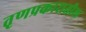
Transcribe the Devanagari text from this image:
तृणप्रकारातील